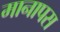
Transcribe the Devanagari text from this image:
मानापस